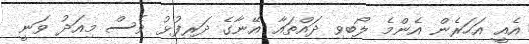
އެއީ އަހަރެން އެންމެ ލޯބިވި ދައްތައާ އޭނާގެ ދަރިފުޅު ވެސް މިއަދު ވަނީ